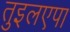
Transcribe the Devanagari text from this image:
तुइलएपा